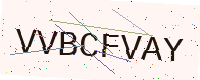
Text: VVBCFVAY